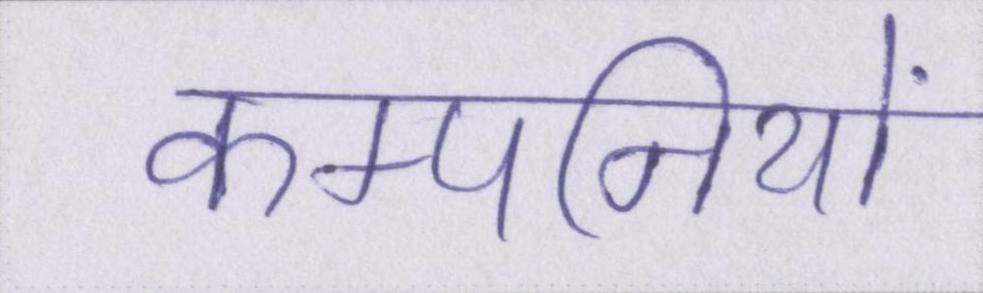
कम्पनियों